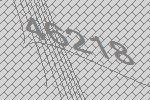
46218